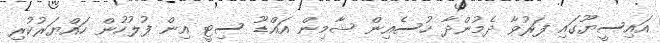
އައިސީޔޫގައި ފަރުވާ ދެމުންދާ ހުސެއިން ޝާމިން އައްޑޫ ސިޓީ އިން ފުލުހުން ހައްޔަރުކުރި